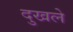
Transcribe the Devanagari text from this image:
दुखले